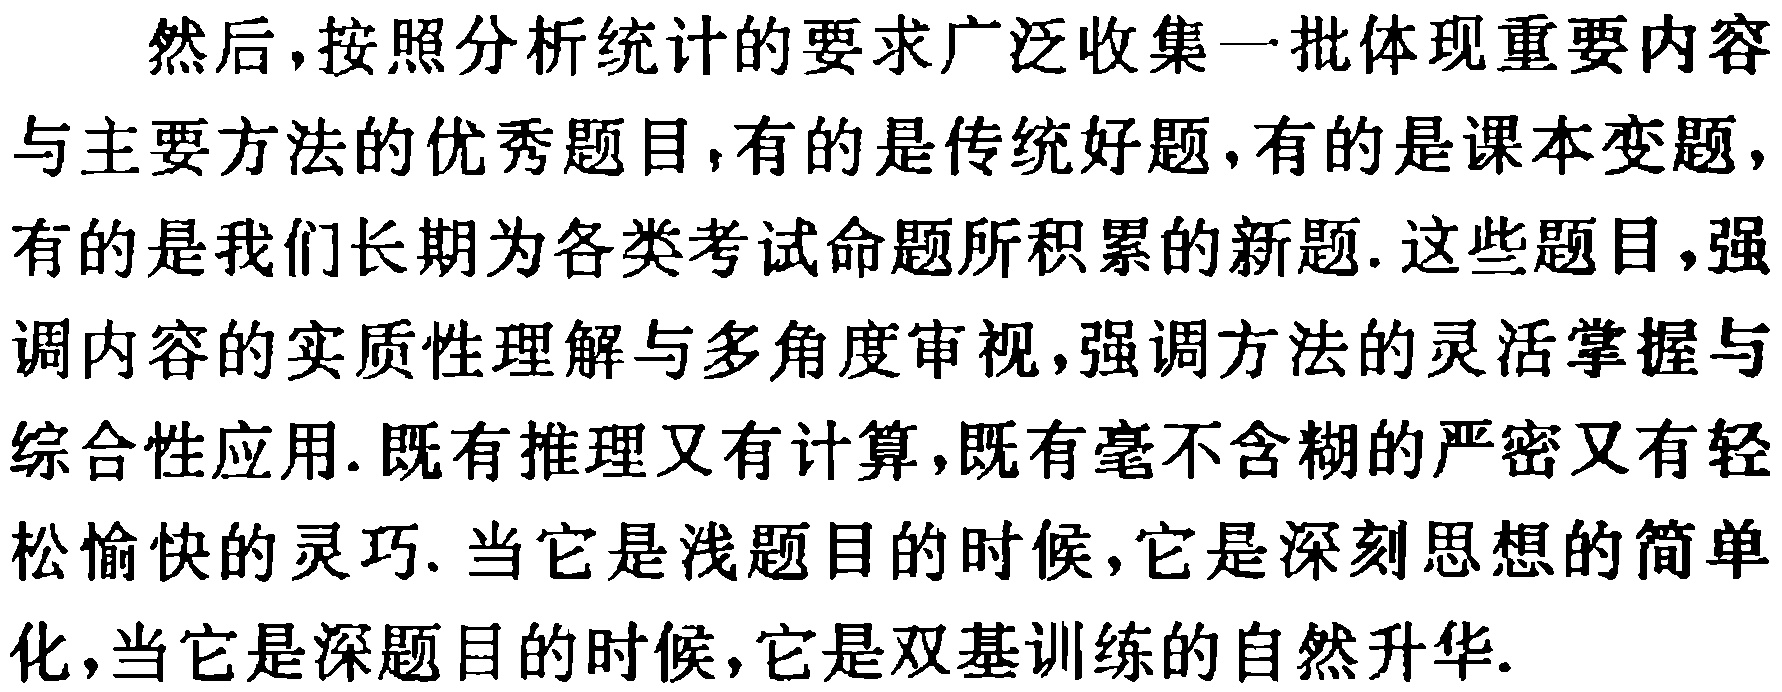
然后，按照分析统计的要求广泛收集一批体现重要内容与主要方法的优秀题目，有的是传统好题，有的是课本变题，有的是我们长期为各类考试命题所积累的新题. 这些题目，强调内容的实质性理解与多角度审视，强调方法的灵活掌握与综合性应用. 既有推理又有计算，既有毫不含糊的严密又有轻松愉快的灵巧. 当它是浅题目的时候，它是深刻思想的简单化，当它是深题目的时候，它是双基训练的自然升华.